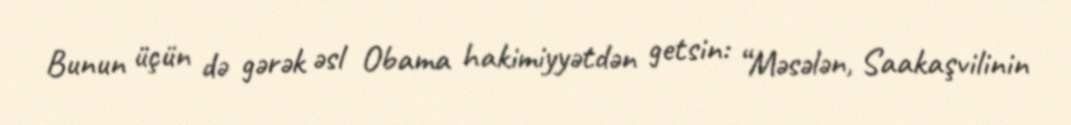
Bunun üçün də gərək əsl Obama hakimiyyətdən getsin: “Məsələn, Saakaşvilinin